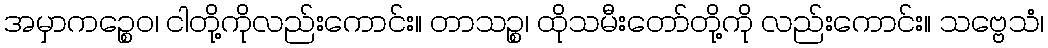
အမှာကဉ္စေဝ၊ ငါတို့ကိုလည်းကောင်း။ တာသဉ္စ၊ ထိုသမီးတော်တို့ကို လည်းကောင်း။ သဗ္ဗေသံ၊